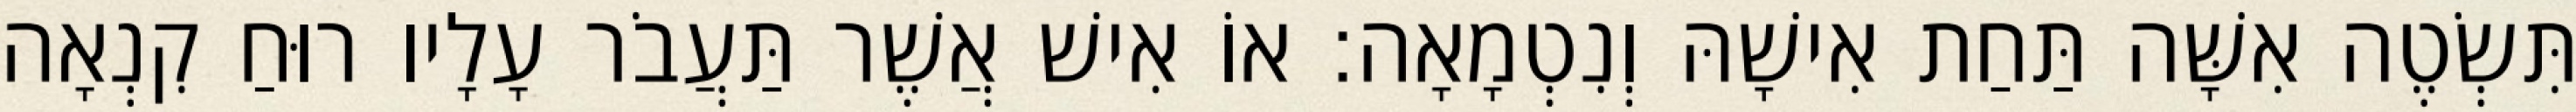
תִּשְׂטֶה אִשָּׁה תַּחַת אִישָׁהּ וְנִטְמָאָה׃ אוֹ אִישׁ אֲשֶׁר תַּעֲבֹר עָלָיו רוּחַ קִנְאָה